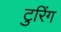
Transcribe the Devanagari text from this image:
टुरिंग